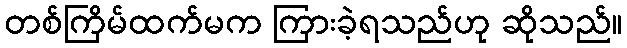
တစ်ကြိမ်ထက်မက ကြားခဲ့ရသည်ဟု ဆိုသည်။